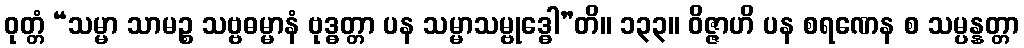
ဝုတ္တံ “သမ္မာ သာမဉ္စ သဗ္ဗဓမ္မာနံ ဗုဒ္ဓတ္တာ ပန သမ္မာသမ္ဗုဒ္ဓေါ”တိ။ ၁၃၃။ ဝိဇ္ဇာဟိ ပန စရဏေန စ သမ္ပန္နတ္တာ